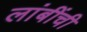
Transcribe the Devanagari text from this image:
लांबींची